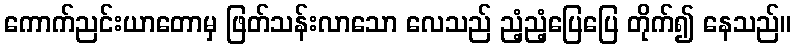
ကောက်ညင်းယာတောမှ ဖြတ်သန်းလာသော လေသည် ညံ့ညံ့ပြေပြေ တိုက်၍ နေသည်။